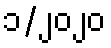
၁/၂၀၂၀